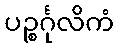
ပဉ္စင်္ဂုလိကံ